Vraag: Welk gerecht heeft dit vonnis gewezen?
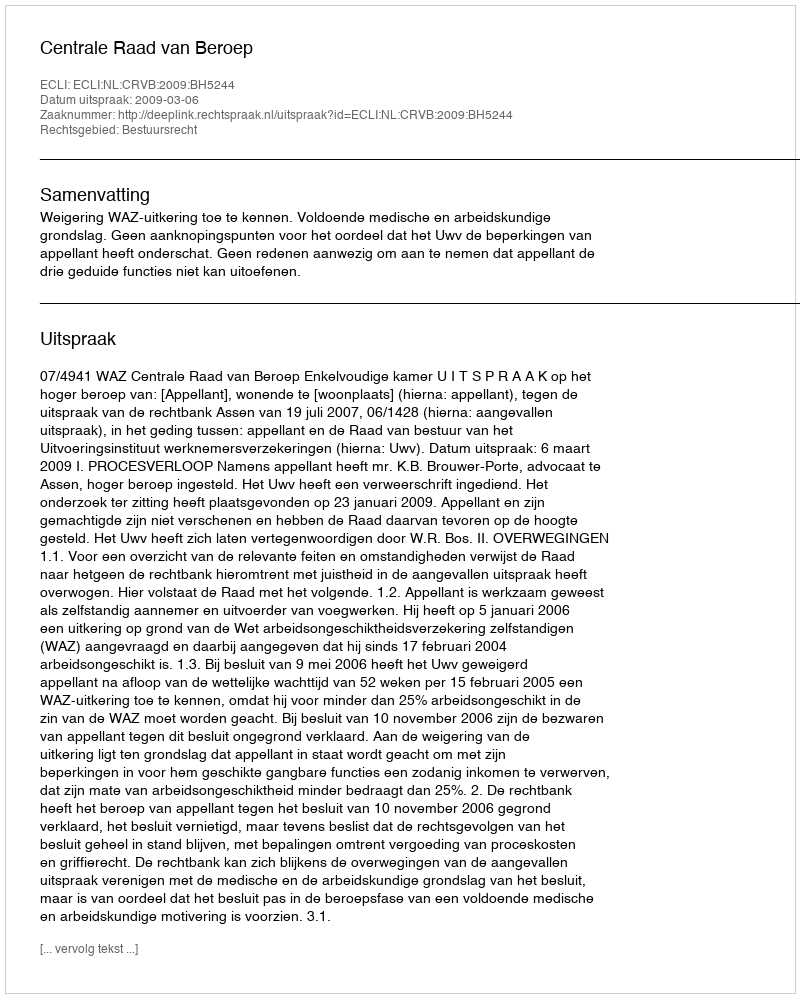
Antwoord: Centrale Raad van Beroep